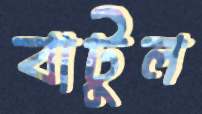
বাটুল